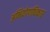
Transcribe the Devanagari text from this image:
अभियोगाधिकार